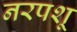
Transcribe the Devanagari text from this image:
नरपशू